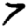
Digit: 7